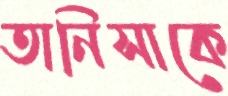
তানিসাকে